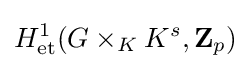
H_{\text{et}}^{1}(G\times _{K}K^{s},\mathbf {Z} _{p})